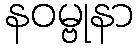
နဝမ္ဗုနာ